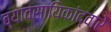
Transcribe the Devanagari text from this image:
व्यावसायिकांद्वारे